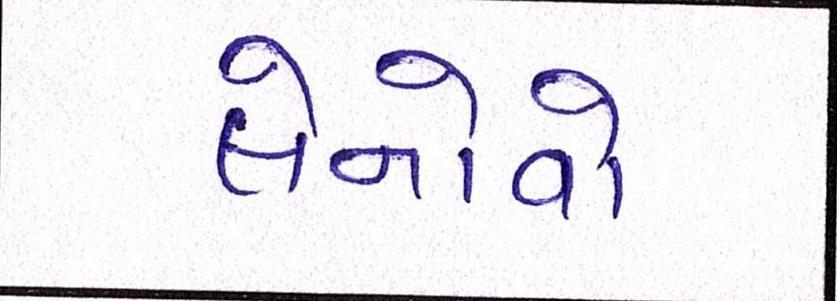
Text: લેનોવો